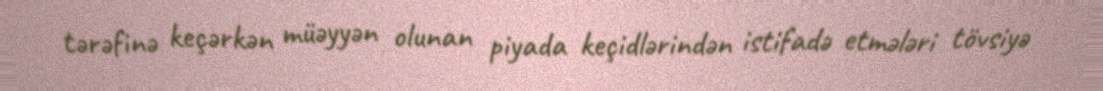
tərəfinə keçərkən müəyyən olunan piyada keçidlərindən istifadə etmələri tövsiyə